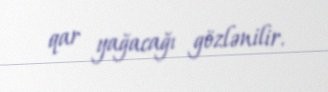
qar yağacağı gözlənilir.